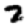
Digit: 7